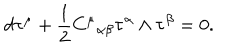
d { \bf \tau } ^ { \mu } + \frac { 1 } { 2 } { C ^ { \mu } } _ { \alpha \beta } { \bf \tau } ^ { \alpha } \wedge { \bf \tau } ^ { \beta } = 0 .